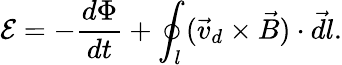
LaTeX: \mathcal E=-\frac{d\Phi}{dt}+\oint_{l}(\vec{v}_{d}\times\vec{B})\cdot\vec{dl}.